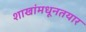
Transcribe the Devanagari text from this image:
शाखांमधूनतयार